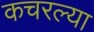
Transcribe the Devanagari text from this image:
कचरल्या